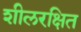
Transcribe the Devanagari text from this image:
शीलरक्षित